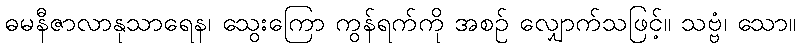
ဓမနီဇာလာနုသာရေန၊ သွေးကြော ကွန်ရက်ကို အစဉ် လျှောက်သဖြင့်။ သဗ္ဗံ၊ သော။